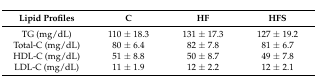
<table><thead><tr><td><b>Lipid Profiles</b></td><td><b>C</b></td><td><b>HF</b></td><td><b>HFS</b></td></tr></thead><tbody><tr><td>TG (mg/dL)</td><td>110 ± 18.3</td><td>131 ± 17.3</td><td>127 ± 19.2</td></tr><tr><td>Total-C (mg/dL)</td><td>80 ± 6.4</td><td>82 ± 7.8</td><td>81 ± 6.7</td></tr><tr><td>HDL-C (mg/dL)</td><td>51 ± 8.8</td><td>50 ± 8.7</td><td>49 ± 7.8</td></tr><tr><td>LDL-C (mg/dL)</td><td>11 ± 1.9</td><td>12 ± 2.2</td><td>12 ± 2.1</td></tr></tbody></table>